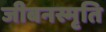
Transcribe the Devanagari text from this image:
जीबनस्मृति